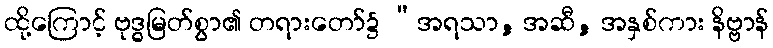
ထို့ကြောင့် ဗုဒ္ဓမြတ်စွာ၏ တရားတော်၌ “အရသာ, အဆီ, အနှစ်ကား နိဗ္ဗာန်